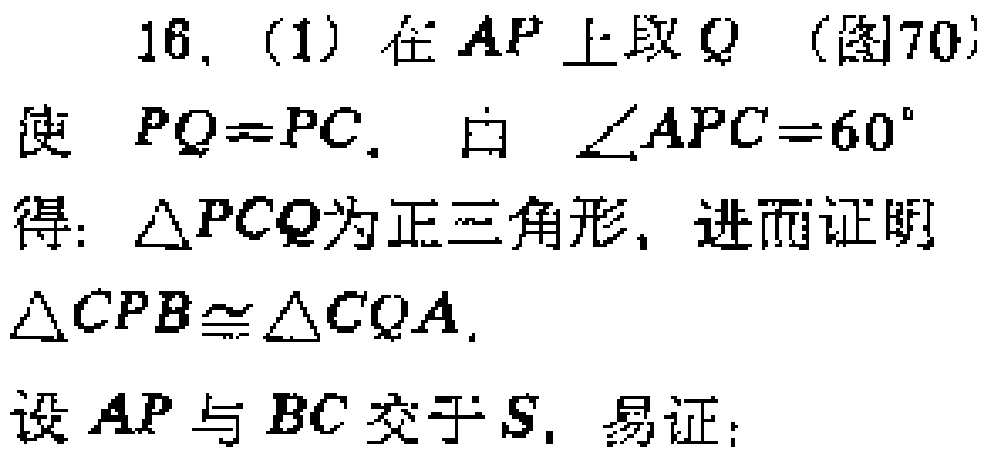
16. (1) 在 \(AP\) 上取 \(Q\)（图70）使 \(PQ = PC\). 由 \(\angle APC = 60^{\circ}\) 得: \(\triangle PCQ\)为正三角形, 进而证明 \(\triangle CPB\cong\triangle CQA\). 设 \(AP\) 与 \(BC\) 交于 \(S\), 易证: